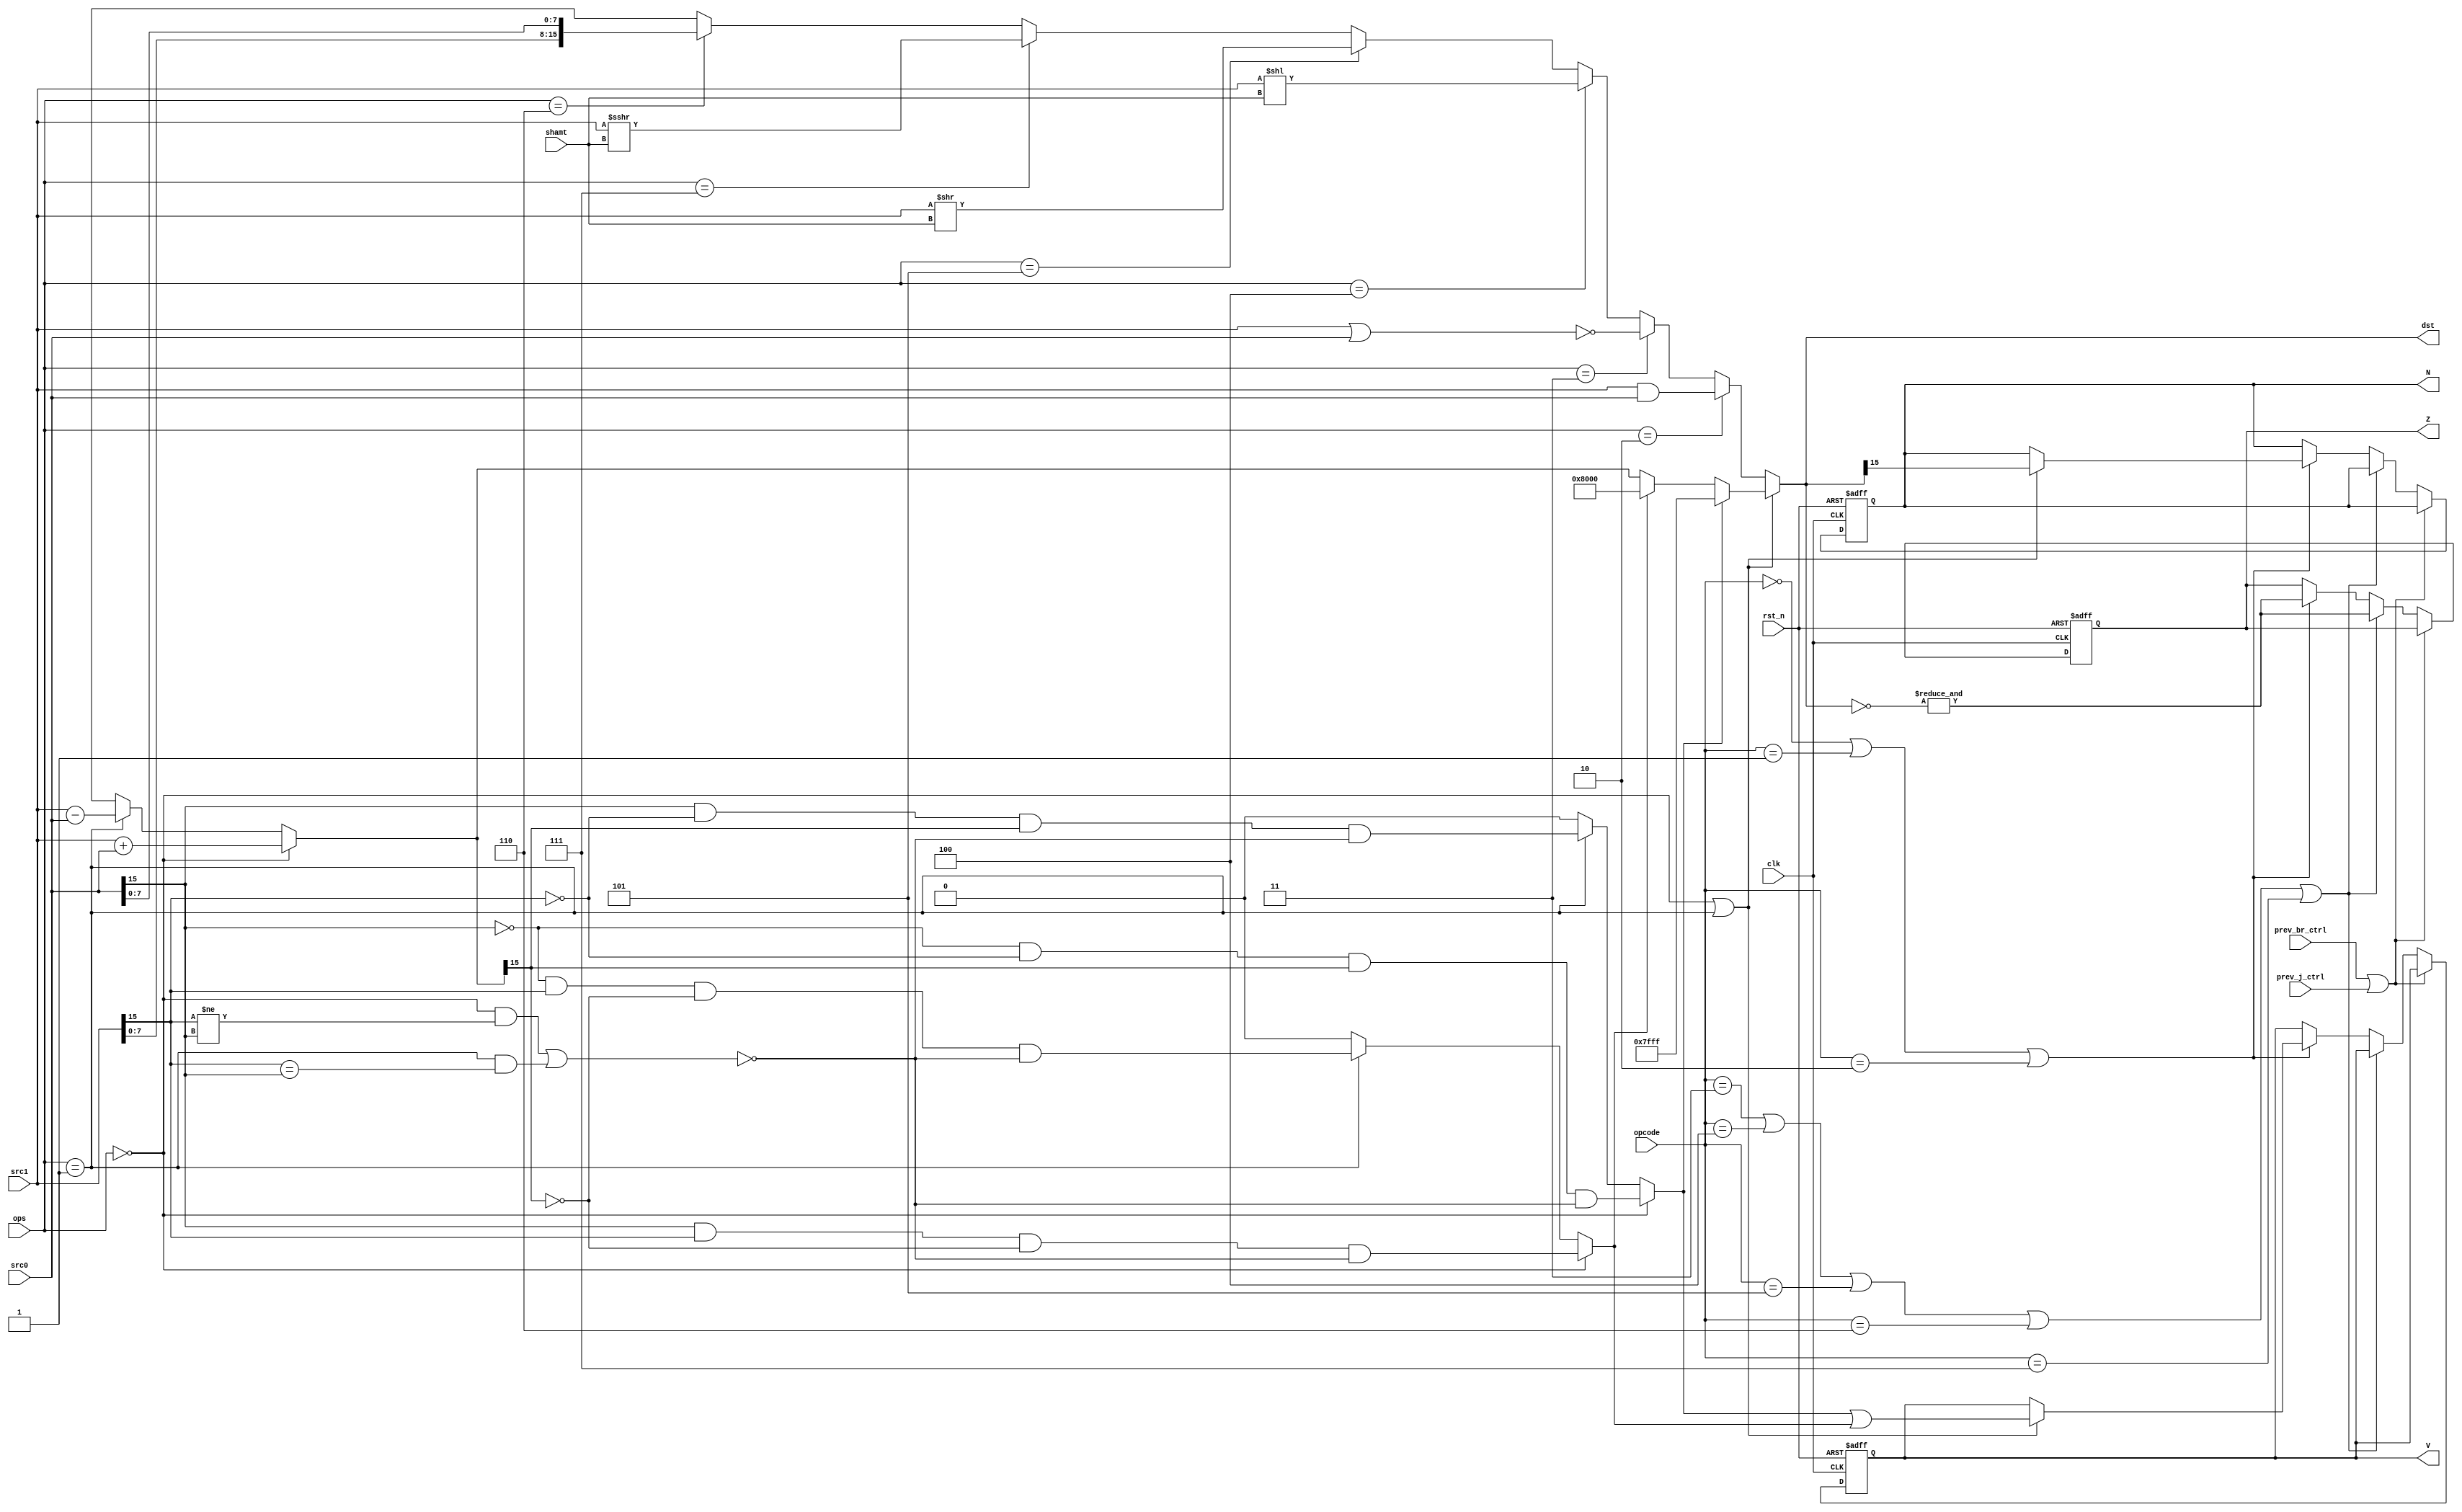
// R Scott Carson
// 16 bit ALU
module ALU(opcode, ops, src1, src0, shamt, prev_br_ctrl, prev_j_ctrl, clk, rst_n, dst, N, Z, V);
	input[3:0] opcode;
	input[2:0] ops;
	input[15:0] src1, src0;
	input[3:0] shamt;
	input clk, rst_n;
	input prev_br_ctrl;
	input prev_j_ctrl;
	
	output [15:0] dst;
	output reg N, Z, V;
	
	wire [16:0] temp_dst, arithmetic_temp, saturated_arithmetic;
	wire ov_pos, ov_neg, exception, n, zr, ov;
	
	// Instruction Opcodes
	localparam addOp = 4'b0000;
	localparam addzOp = 4'b0001;
	localparam subOp = 4'b0010;
	localparam andOp = 4'b0011;
	localparam norOp = 4'b0100;
	localparam sllOp = 4'b0101;
	localparam srlOp = 4'b0110;
	localparam sraOp = 4'b0111;
	localparam lwOp = 4'b1000;
	localparam swOp = 4'b1001;
	localparam lhbOp = 4'b1010;
	localparam llbOp = 4'b1011;
	localparam hltOp = 4'b1111;
	localparam bOp = 4'b1100;
	localparam jalOp = 4'b1101;
	localparam jrOp = 4'b1110;

	// ALU Operations
	localparam add16 = 3'b000;
	localparam sub16 = 3'b001;
	localparam and16 = 3'b010;
	localparam nor16 = 3'b011;
	localparam sll16 = 3'b100;
	localparam srl16 = 3'b101;
	localparam sra16 = 3'b111;
	localparam lhb16 = 3'b110;
	
	// Addition and Subtraction with overflow //
	assign arithmetic_temp = 	(ops==add16)	?	(src1 + src0):
								(ops==sub16)	?	(src1 - src0):
													17'hxxxxx;
								
	assign exception = 	((ops==add16) & (src1[15] != src0[15])) || 
						((ops==sub16) & (src1[15] == src0[15]));
	assign ov_pos = (ops==add16) ? 	(~src0[15] & ~src1[15] & arithmetic_temp[15] & ~exception):
					(ops==sub16) ? 	(src0[15] & ~src1[15] & arithmetic_temp[15] & ~exception):
									1'b0;

	assign ov_neg = (ops==add16) ? 	(src0[15] & src1[15] & ~arithmetic_temp[15] & ~exception):
					(ops==sub16) ? 	(~src0[15] & src1[15] & ~arithmetic_temp[15] & ~exception):
									1'b0;
	
	assign temp_dst = 	(ov_pos)	?	(16'h7FFF):
						(ov_neg)	?	(16'h8000):
										arithmetic_temp;
	
	// Perform required operation
	assign dst = 	(ops==add16)||(ops==sub16)	?	(temp_dst):
								(ops==and16)	?	{1'b0,(src1&src0)}:
								(ops==nor16)	?	{1'b0,~(src1|src0)}:
								(ops==sll16)	?	{1'b0,src1<<$unsigned(shamt)}:
								(ops==srl16)	?	{1'b0,src1>>$unsigned(shamt)}:
								(ops==sra16)	?	{1'b0,$signed(src1)>>>$unsigned(shamt)}:
								(ops==lhb16)	?	{1'b0,{src1[7:0],src0[7:0]}}:
													17'hxxxxx;

	assign update_NZV = 	((opcode == addOp)	||
							(opcode == addzOp) 	||
							(opcode == subOp));
	
	assign update_Z_only = 	((opcode == andOp)	||
							(opcode == norOp)	||
							(opcode == sllOp)	||
							(opcode == srlOp)	||
							(opcode == sraOp));

	// Combinational Logic for Flags //								
	// Check if result is negative
	assign n = ((ops==add16) || (ops==sub16)) ? dst[15] :  N;
	// Check if result is 0					
	assign zr = &(~dst);
	// Determine if overflow has occured	
	assign ov = ((ops==add16) || (ops==sub16)) ? (ov_pos | ov_neg) : V;

	// Sequential Logic for Flags //
	always @(posedge clk, negedge rst_n) begin
		if (!rst_n) begin
			N <= 1'b0;
			Z <= 1'b0;
			V <= 1'b0;
		end
		else if (prev_br_ctrl | prev_j_ctrl) begin
			N <= N;
			Z <= Z;
			V <= V;
		end
		else if (update_Z_only) begin
			N <= N;
			Z <= zr;
			V <= V;
		end
		else if (update_NZV) begin
			N <= n;
			Z <= zr;
			V <= ov;
		end
		else begin
			N <= N;
			Z <= Z;
			V <= V;
		end
	end	

endmodule